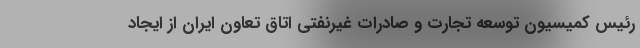
رئیس کمیسیون توسعه تجارت و صادرات غیرنفتی اتاق تعاون ایران از ایجاد